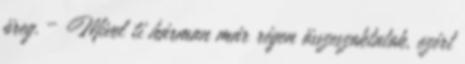
öreg. – Mivel ti hárman már régen összeszoktatok, ezért